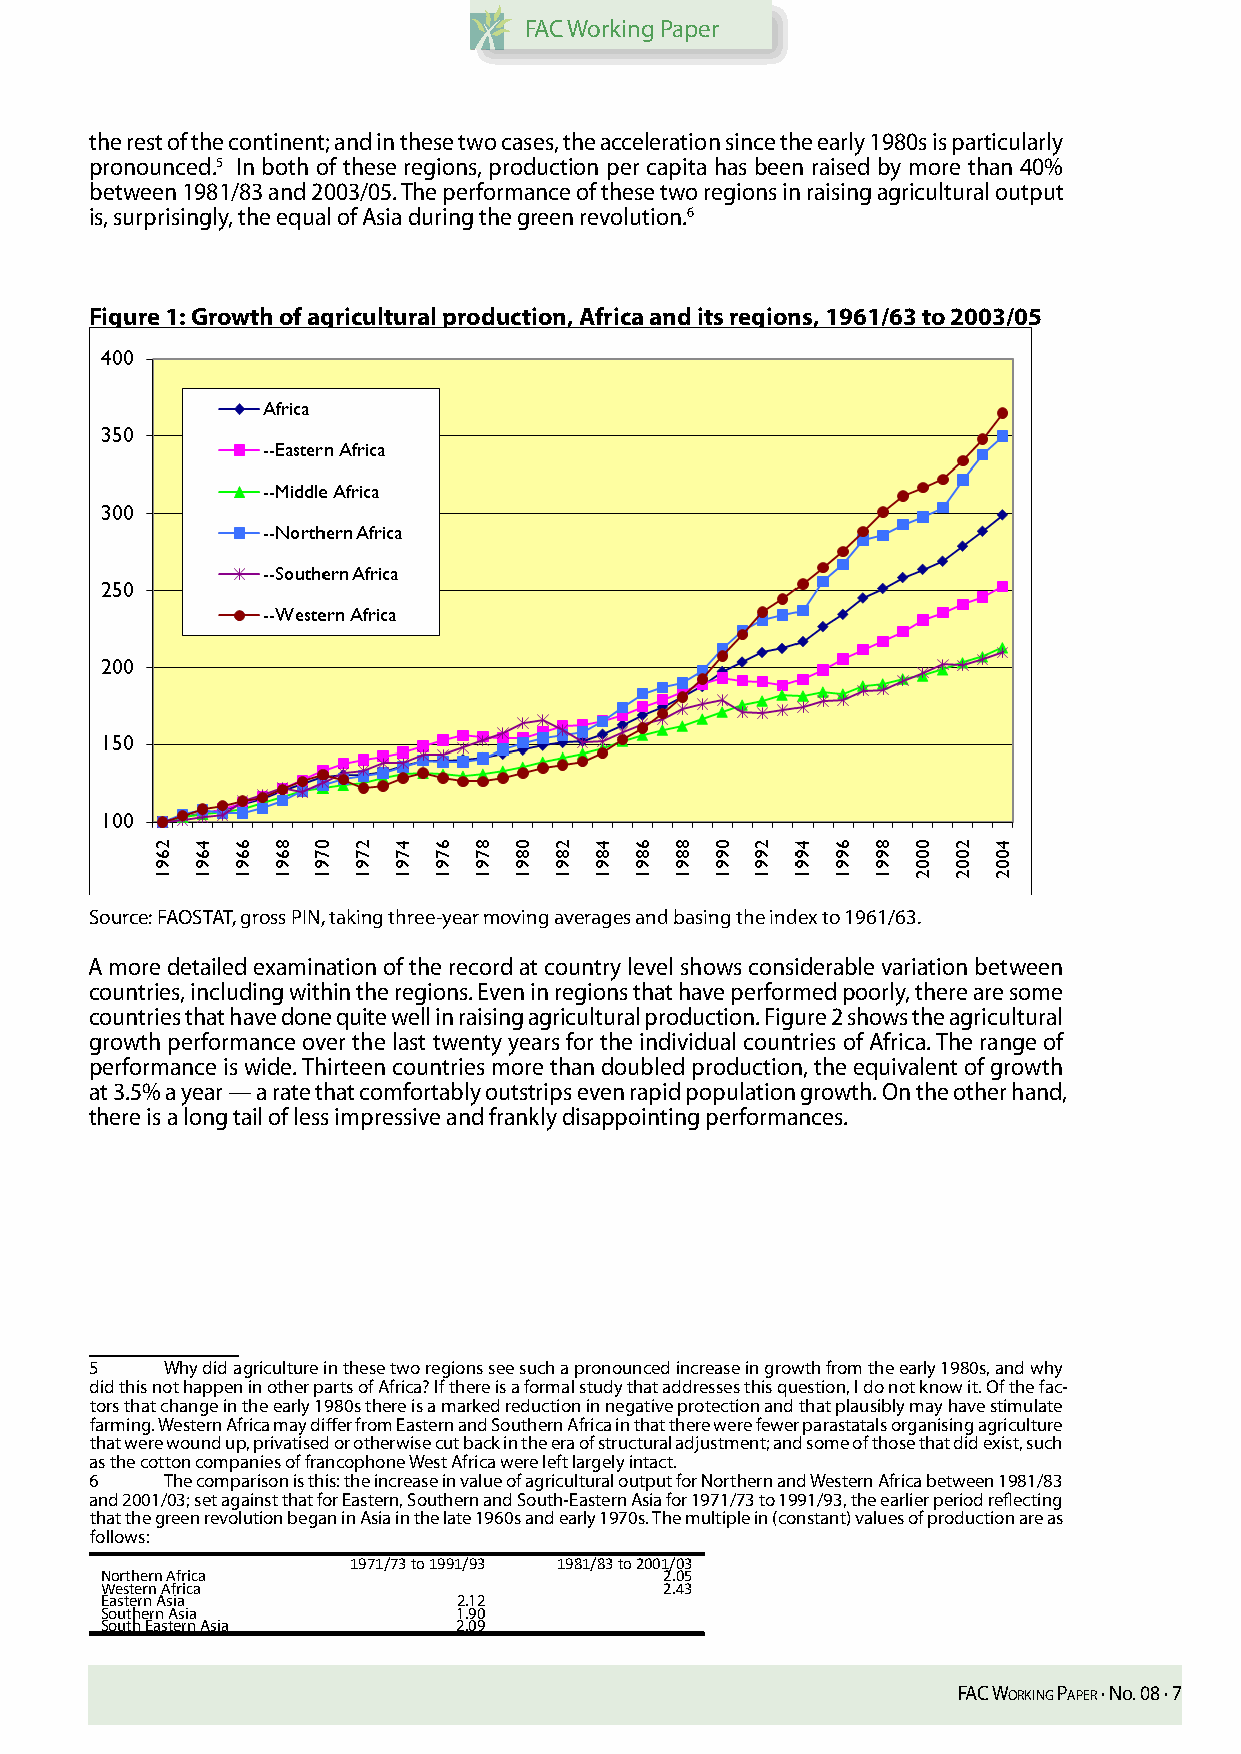
FAC Working Paper
 the rest of the continent; and in these two cases, the acceleration since the early 1980s is particularly
 pronounced.5 In both of these regions, production per capita has been raised by more than 40%
 between 1981/83 and 2003/05. The performance of these two regions in raising agricultural output
 is, surprisingly, the equal of Asia during the green revolution.6
 Figure 1: Growth of agricultural production, Africa and its regions, 1961/63 to 2003/05
 Source: FAOSTAT, gross PIN, taking three-year moving averages and basing the index to 1961/63.
 A more detailed examination of the record at country level shows considerable variation between
 countries, including within the regions. Even in regions that have performed poorly, there are some
 countries that have done quite well in raising agricultural production. Figure 2 shows the agricultural
 growth performance over the last twenty years for the individual countries of Africa. The range of
 performance is wide. Thirteen countries more than doubled production, the equivalent of growth
 at 3.5% a year — a rate that comfortably outstrips even rapid population growth. On the other hand,
 there is a long tail of less impressive and frankly disappointing performances.
 5    Why did agriculture in these two regions see such a pronounced increase in growth from the early 1980s, and why
 did this not happen in other parts of Africa? If there is a formal study that addresses this question, I do not know it. Of the fac-
 tors that change in the early 1980s there is a marked reduction in negative protection and that plausibly may have stimulate
 farming. Western Africa may differ from Eastern and Southern Africa in that there were fewer parastatals organising agriculture
 that were wound up, privatised or otherwise cut back in the era of structural adjustment; and some of those that did exist, such
 as the cotton companies of francophone West Africa were left largely intact.
 6    The comparison is this: the increase in value of agricultural output for Northern and Western Africa between 1981/83
 and 2001/03; set against that for Eastern, Southern and South-Eastern Asia for 1971/73 to 1991/93, the earlier period reflecting
 that the green revolution began in Asia in the late 1960s and early 1970s. The multiple in (constant) values of production are as
 follows:
 1971/73 to 1991/93 1981/83 to 2001/03
 Northern Africa                      2.05
 Western Africa                       2.43
 Eastern Asia           2.12
 Southern Asia          1.90
 South Eastern Asia     2.09
 FAC Working PAPer · No. 08 · 7